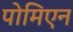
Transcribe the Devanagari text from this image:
पोमिएन